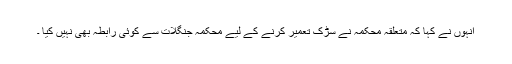
انہوں نے کہا کہ متعلقہ محکمہ نے سڑک تعمیر کرنے کے لیے محکمہ جنگلات سے کوئی رابطہ بھی نہیں کیا ۔